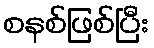
စနစ်ဖြစ်ပြီး